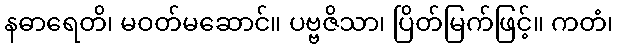
နဓာရေတိ၊ မဝတ်မဆောင်။ ပဗ္ဗဇိသာ၊ ပြိတ်မြက်ဖြင့်။ ကတံ၊